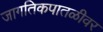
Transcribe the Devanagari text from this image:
जागतिकपातळीवर